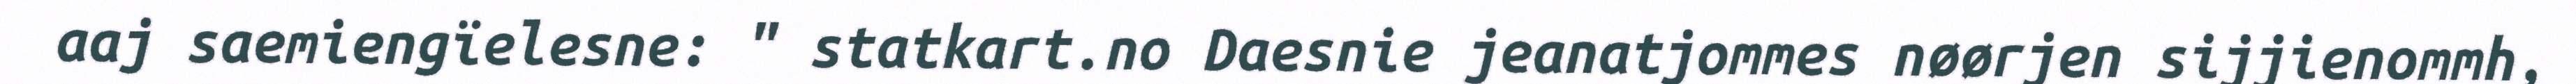
aaj saemiengïelesne: " statkart.no Daesnie jeanatjommes nøørjen sijjienommh,